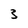
Character: 3